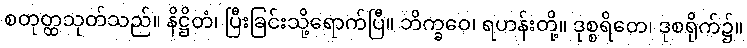
စတုတ္ထသုတ်သည်။ နိဋ္ဌိတံ၊ ပြီးခြင်းသို့ရောက်ပြီ။ ဘိက္ခဝေ၊ ရဟန်းတို့။ ဒုစ္စရိတေ၊ ဒုစရိုက်၌။